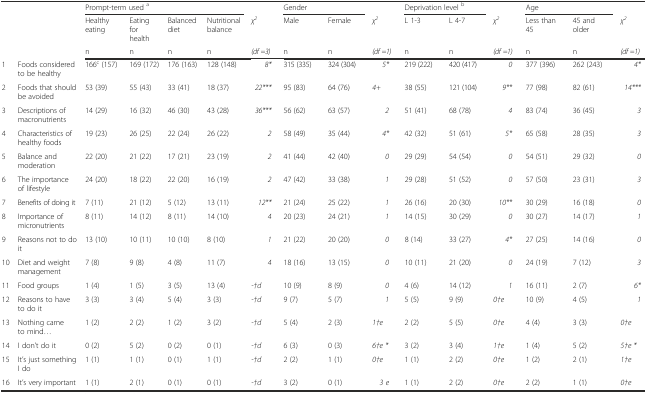
<table><thead><tr><td></td><td></td><td colspan="4"><b>Prompt-term used <sup>a</sup></b></td><td></td><td colspan="2"><b>Gender</b></td><td></td><td colspan="2"><b>Deprivation level <sup>b</sup></b></td><td></td><td colspan="2"><b>Age</b></td><td></td></tr><tr><td rowspan="2"></td><td rowspan="2"></td><td><b>Healthy eating</b></td><td><b>Eating for health</b></td><td><b>Balanced diet</b></td><td><b>Nutritional balance</b></td><td><b><i>χ</i><sup><i>2</i></sup></b></td><td><b>Male</b></td><td><b>Female</b></td><td><b><i>χ</i><sup><i>2</i></sup></b></td><td><b>L 1-3</b></td><td><b>L 4-7</b></td><td><b><i>χ</i><sup><i>2</i></sup></b></td><td><b>Less than 45</b></td><td><b>45 and older</b></td><td><b><i>χ</i><sup><i>2</i></sup></b></td></tr><tr><td><b>n</b></td><td><b>n</b></td><td><b>n</b></td><td><b>n</b></td><td><b><i>(df =3)</i></b></td><td><b>n</b></td><td><b>n</b></td><td><b><i>(df =1)</i></b></td><td><b>n</b></td><td><b>n</b></td><td><b><i>(df =1)</i></b></td><td><b>n</b></td><td><b>n</b></td><td><b><i>(df =1)</i></b></td></tr></thead><tbody><tr><td>1</td><td>Foods considered to be healthy</td><td>166<sup>c</sup> (157)</td><td>169 (172)</td><td>176 (163)</td><td>128 (148)</td><td><i>8*</i></td><td>315 (335)</td><td>324 (304)</td><td><i>5*</i></td><td>219 (222)</td><td>420 (417)</td><td><i>0</i></td><td>377 (396)</td><td>262 (243)</td><td><i>4*</i></td></tr><tr><td>2</td><td>Foods that should be avoided</td><td>53 (39)</td><td>55 (43)</td><td>33 (41)</td><td>18 (37)</td><td><i>22***</i></td><td>95 (83)</td><td>64 (76)</td><td><i>4+</i></td><td>38 (55)</td><td>121 (104)</td><td><i>9**</i></td><td>77 (98)</td><td>82 (61)</td><td><i>14***</i></td></tr><tr><td>3</td><td>Descriptions of macronutrients</td><td>14 (29)</td><td>16 (32)</td><td>46 (30)</td><td>43 (28)</td><td><i>36***</i></td><td>56 (62)</td><td>63 (57)</td><td><i>2</i></td><td>51 (41)</td><td>68 (78)</td><td><i>4</i></td><td>83 (74)</td><td>36 (45)</td><td><i>3</i></td></tr><tr><td>4</td><td>Characteristics of healthy foods</td><td>19 (23)</td><td>26 (25)</td><td>22 (24)</td><td>26 (22)</td><td><i>2</i></td><td>58 (49)</td><td>35 (44)</td><td><i>4*</i></td><td>42 (32)</td><td>51 (61)</td><td><i>5*</i></td><td>65 (58)</td><td>28 (35)</td><td><i>3</i></td></tr><tr><td>5</td><td>Balance and moderation</td><td>22 (20)</td><td>21 (22)</td><td>17 (21)</td><td>23 (19)</td><td><i>2</i></td><td>41 (44)</td><td>42 (40)</td><td><i>0</i></td><td>29 (29)</td><td>54 (54)</td><td><i>0</i></td><td>54 (51)</td><td>29 (32)</td><td><i>0</i></td></tr><tr><td>6</td><td>The importance of lifestyle</td><td>24 (20)</td><td>18 (22)</td><td>22 (20)</td><td>16 (19)</td><td><i>2</i></td><td>47 (42)</td><td>33 (38)</td><td><i>1</i></td><td>29 (28)</td><td>51 (52)</td><td><i>0</i></td><td>57 (50)</td><td>23 (31)</td><td><i>3</i></td></tr><tr><td>7</td><td>Benefits of doing it</td><td>7 (11)</td><td>21 (12)</td><td>5 (12)</td><td>13 (11)</td><td><i>12**</i></td><td>21 (24)</td><td>25 (22)</td><td><i>1</i></td><td>26 (16)</td><td>20 (30)</td><td><i>10**</i></td><td>30 (29)</td><td>16 (18)</td><td><i>0</i></td></tr><tr><td>8</td><td>Importance of micronutrients</td><td>8 (11)</td><td>14 (12)</td><td>8 (11)</td><td>14 (10)</td><td><i>4</i></td><td>20 (23)</td><td>24 (21)</td><td><i>1</i></td><td>14 (15)</td><td>30 (29)</td><td><i>0</i></td><td>30 (27)</td><td>14 (17)</td><td><i>1</i></td></tr><tr><td>9</td><td>Reasons not to do it</td><td>13 (10)</td><td>10 (11)</td><td>10 (10)</td><td>8 (10)</td><td><i>1</i></td><td>21 (22)</td><td>20 (20)</td><td><i>0</i></td><td>8 (14)</td><td>33 (27)</td><td><i>4*</i></td><td>27 (25)</td><td>14 (16)</td><td><i>0</i></td></tr><tr><td>10</td><td>Diet and weight management</td><td>7 (8)</td><td>9 (8)</td><td>4 (8)</td><td>11 (7)</td><td><i>4</i></td><td>18 (16)</td><td>13 (15)</td><td><i>0</i></td><td>10 (11)</td><td>21 (20)</td><td><i>0</i></td><td>24 (19)</td><td>7 (12)</td><td><i>3</i></td></tr><tr><td>11</td><td>Food groups</td><td>1 (4)</td><td>1 (5)</td><td>3 (5)</td><td>13 (4)</td><td><i>-†d</i></td><td>10 (9)</td><td>8 (9)</td><td><i>0</i></td><td>4 (6)</td><td>14 (12)</td><td><i>1</i></td><td>16 (11)</td><td>2 (7)</td><td><i>6*</i></td></tr><tr><td>12</td><td>Reasons to have to do it</td><td>3 (3)</td><td>3 (4)</td><td>5 (4)</td><td>3 (3)</td><td><i>-†d</i></td><td>9 (7)</td><td>5 (7)</td><td><i>1</i></td><td>5 (5)</td><td>9 (9)</td><td><i>0†e</i></td><td>10 (9)</td><td>4 (5)</td><td><i>1</i></td></tr><tr><td>13</td><td>Nothing came to mind...</td><td>1 (2)</td><td>2 (2)</td><td>1 (2)</td><td>3 (2)</td><td><i>-†d</i></td><td>5 (4)</td><td>2 (3)</td><td><i>1†e</i></td><td>2 (2)</td><td>5 (5)</td><td><i>0†e</i></td><td>4 (4)</td><td>3 (3)</td><td><i>0†e</i></td></tr><tr><td>14</td><td>I don’t do it</td><td>0 (2)</td><td>5 (2)</td><td>0 (2)</td><td>0 (1)</td><td><i>-†d</i></td><td>6 (3)</td><td>0 (3)</td><td><i>6†e *</i></td><td>3 (2)</td><td>3 (4)</td><td><i>1†e</i></td><td>1 (4)</td><td>5 (2)</td><td><i>5†e *</i></td></tr><tr><td>15</td><td>It’s just something I do</td><td>1 (1)</td><td>1 (1)</td><td>0 (1)</td><td>1 (1)</td><td><i>-†d</i></td><td>2 (2)</td><td>1 (1)</td><td><i>0†e</i></td><td>1 (1)</td><td>2 (2)</td><td><i>0†e</i></td><td>1 (2)</td><td>2 (1)</td><td><i>1†e</i></td></tr><tr><td>16</td><td>It’s very important</td><td>1 (1)</td><td>2 (1)</td><td>0 (1)</td><td>0 (1)</td><td><i>-†d</i></td><td>3 (2)</td><td>0 (1)</td><td><i>3 e</i></td><td>1 (1)</td><td>2 (2)</td><td><i>0†e</i></td><td>2 (2)</td><td>1 (1)</td><td><i>0†e</i></td></tr></tbody></table>